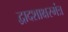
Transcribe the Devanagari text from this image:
द्वादशाक्षरमंत्र